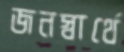
জনস্বার্থে